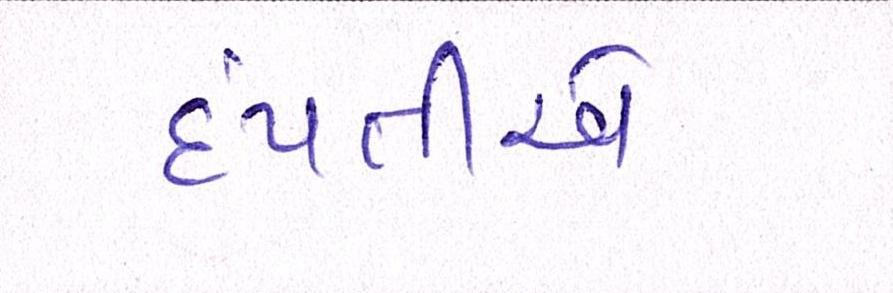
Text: દંપતીએ